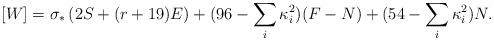
LaTeX: \begin{align*}[W]=\sigma_*\left(2S + (r+19)E\right) +(96-\sum_i\kappa_i^2) (F-N) +(54-\sum_i\kappa_i^2)N.\end{align*}